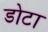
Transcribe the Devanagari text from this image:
डोटा